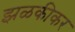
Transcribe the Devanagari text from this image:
झळकीकर